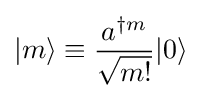
|m\rangle \equiv {\frac {a^{\dagger m}}{\sqrt {m!}}}|0\rangle